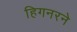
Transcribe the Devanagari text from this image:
हिगनरने